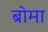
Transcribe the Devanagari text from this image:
ब्रोमा